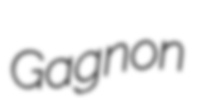
Gagnon